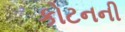
કોટનની